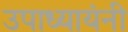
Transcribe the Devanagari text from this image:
उपाध्यायंनी